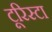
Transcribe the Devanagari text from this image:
टूरिस्टा